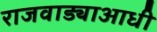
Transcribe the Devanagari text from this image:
राजवाड्याआधी